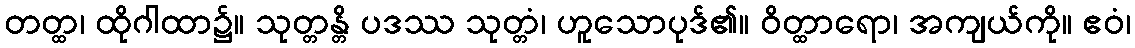
တတ္ထ၊ ထိုဂါထာ၌။ သုတ္တန္တိ ပဒဿ သုတ္တံ၊ ဟူသောပုဒ်၏။ ဝိတ္ထာရော၊ အကျယ်ကို။ ဧဝံ၊